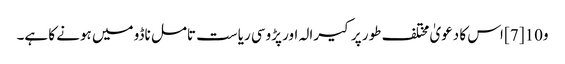
و10 [7] اس کا دعویٰ مختلف طور پر کیرالہ اور پڑوسی ریاست تامل ناڈو میں ہونے کا ہے۔